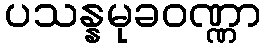
ပသန္နမုခဝဏ္ဏာ